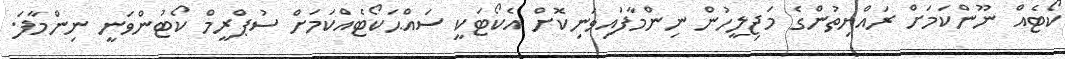
ކޯޓެއް ނޫންކަމަށް ރައްޔިތުންގެ މަޖިލީހުން ނިންމާފައިވަނިކޮށް އެކޯޓަކީ ސައްޙަކޯޓެއްކަމަށް ސުޕްރީމް ކޯޓުންވަނީ ނިންމާފަ.